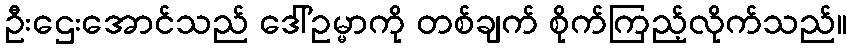
ဦးဌေးအောင်သည် ဒေါ်ဥမ္မာကို တစ်ချက် စိုက်ကြည့်လိုက်သည်။